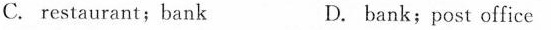
C.restaurant;bank D. bank;post office